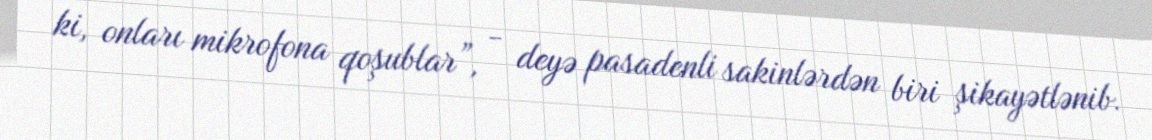
ki, onları mikrofona qoşublar”, - deyə pasadenli sakinlərdən biri şikayətlənib.